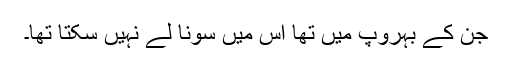
جن کے بہروپ میں تھا اس میں سونا لے نہیں سکتا تھا۔